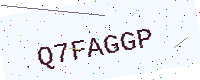
Text: Q7FAGGP